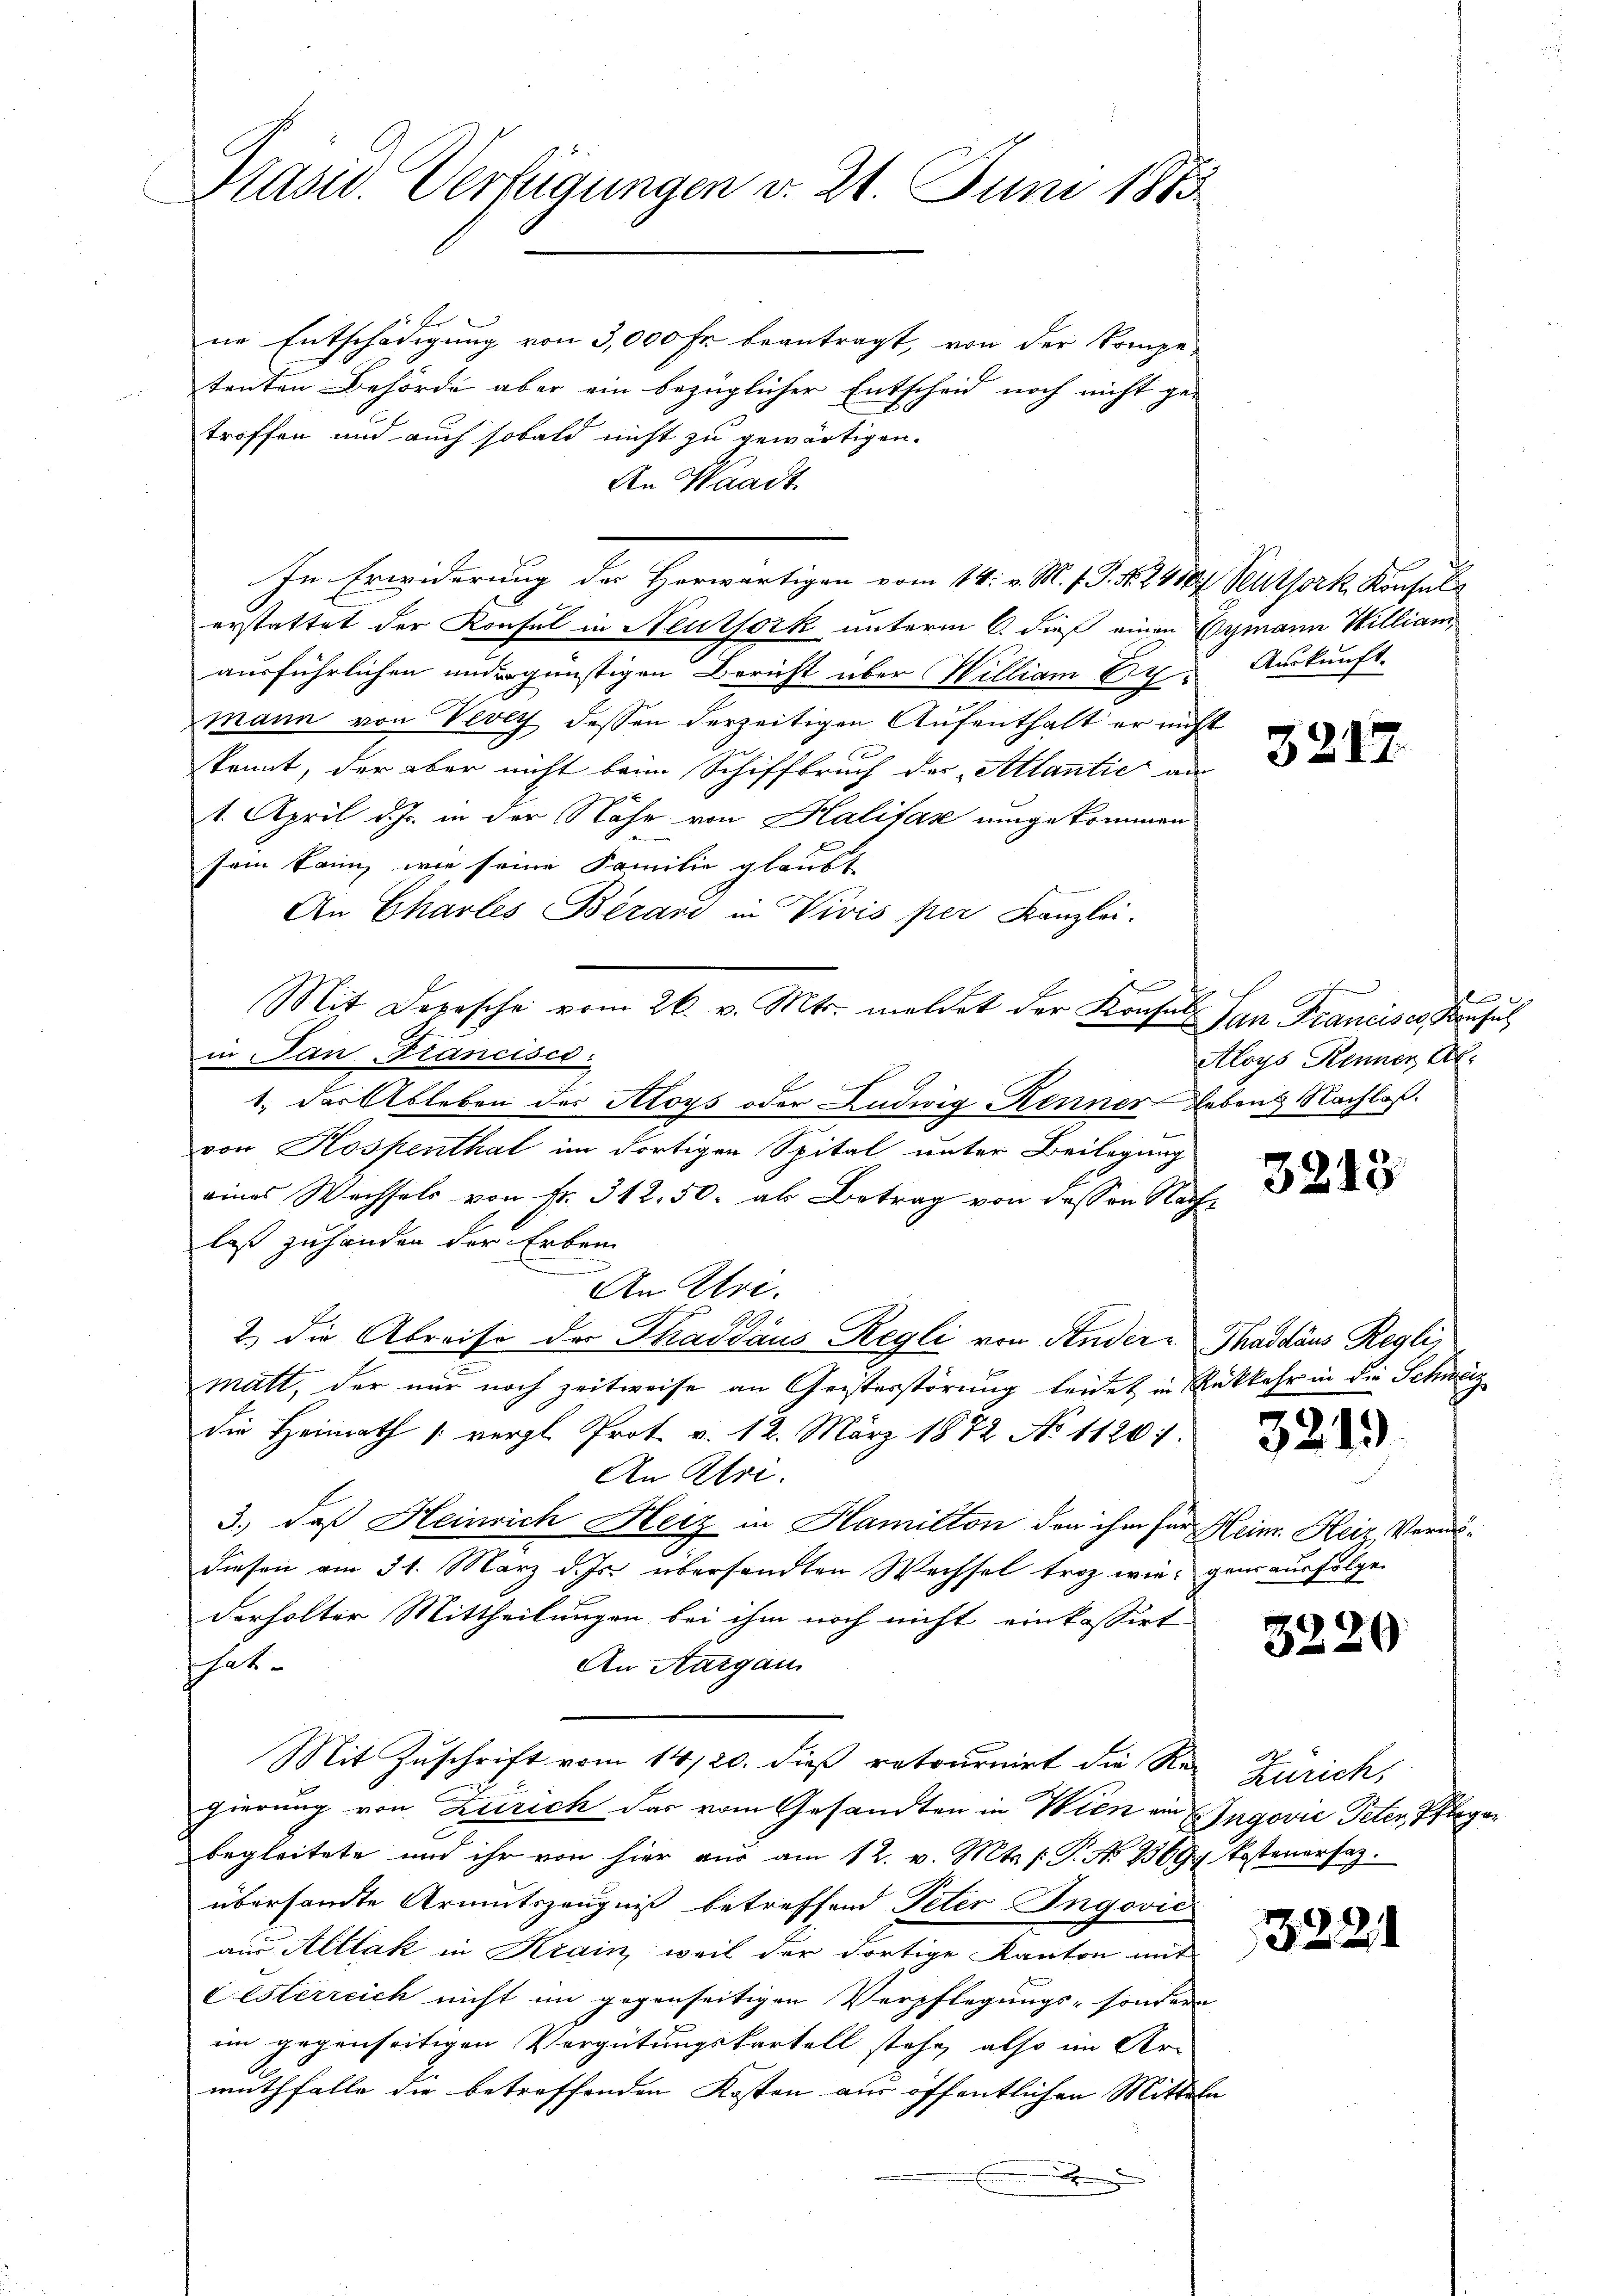
Stasw. Verfügungen v. 21. Juni 1883

1 k
ne Entschädigung von 3,000 Fr. beantragt, von der Kompetenten Behörde aber ein bezüglicher Entscheid noch nicht ge-
troffen und auch sobald nicht zu gewärtigen.
An Waadt
In Erwiderung der Herwärtigen vom 14. v. M. J. J. N. 24504 Reuthork, Konsul
erstattet der Konsul in Neuthork unterm 6. dieß einen Symann William,
ausführlichen andegünstigen Bericht über William 27. Auskunft
mann von Vevey dessen derzeitigen Aufenthalt er nicht
kannt, der aber nicht beim Schiffbruch der Atlantie an
1. April d. Js. in der Nähe von Halifan umgekommen
sein kann, wie seine Familie glaubt
An Charles Berand in Vivis per Kanzlei.
s
Mit Depesche vom 26. v. Mts. meldet der Konsul an Francisco Konsul
in Jan. Francisco
1., das Ableben des Aloys oder Ludwig Kenner Lebens Nachlaß.
von Kospenthal im dortigen Spital unter Beilegung
eines Wechsels von Fr. 312. 50. als Betrag von dessen Nachlaß zuhanden der Erben
n
An Uri.
2.) Die Abreise der Thaddaus Regli von Andere Thaddäus Reglimatt, der nur noch zeitweise an Geisterstörung leidet in Rückkehr in die Schweiz
die Heimath /: vergl. Prot. v. 12. März 1872 No 11261.
An Atri.
3.) daß Heinrich Heiz in Hamillon den ihm für Heinr. Heir Vermödiesen am 31. März d. Js. übersandten Wechsel troz wie ganz ausfolge.
derholter Mittheilungen bei ihm noch nicht einkassirt
schat
An Aargau
Mit Zuschrift vom 14/20. dieß retournirt die Re- Zürich,
gierung von Zürich das vom Gesandten in Wien ein Ingovia Peter, Pflegen
begleitete und ihr von hier aŭs am 12. v. Mts. (T. No 13694. Postenersaz.
übersandte Armutszeugniß betreffend Peter Ingović
aus Altlak in Krain, weil der dortige Kanton mit
Lesterreich nicht im gegenseitigen Verpflegungs- sondern
im gegenseitigen Vergütungskartell stehe, also im Ar-
muthfalle die betreffenden Kosten aus öffentlichen Mitteln
.

3217.

te
l
Aloys Renner, Al.

3213

3213

3220

3221